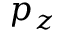
p _ { z }